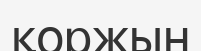
қоржын